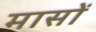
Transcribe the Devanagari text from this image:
मासाें